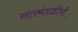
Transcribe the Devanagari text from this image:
संतमंडळींनी